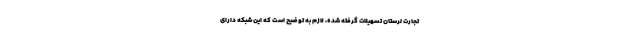
تجارت لرستان تسهیلات گرفته شده، لازم به توضیح است که این شبکه دارای